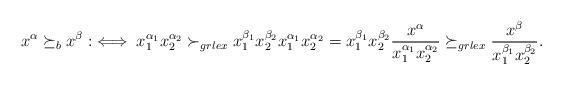
LaTeX: \begin{align*}x^\alpha\succeq_b x^\beta :\iff x_1^{\alpha_1}x_2^{\alpha_2} \succ_{grlex} x_1^{\beta_1}x_2^{\beta_2} x_1^{\alpha_1}x_2^{\alpha_2}=x_1^{\beta_1}x_2^{\beta_2} \frac{x^\alpha}{x_1^{\alpha_1}x_2^{\alpha_2}}\succeq_{grlex} \frac{x^\beta}{x_1^{\beta_1}x_2^{\beta_2}}.\end{align*}